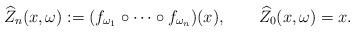
LaTeX: \begin{align*} \widehat{Z}_n(x,\omega) :=(f_{\omega_1} \circ\cdots\circ f_{\omega_n}) (x), \qquad\widehat{Z}_0(x,\omega)=x.\end{align*}